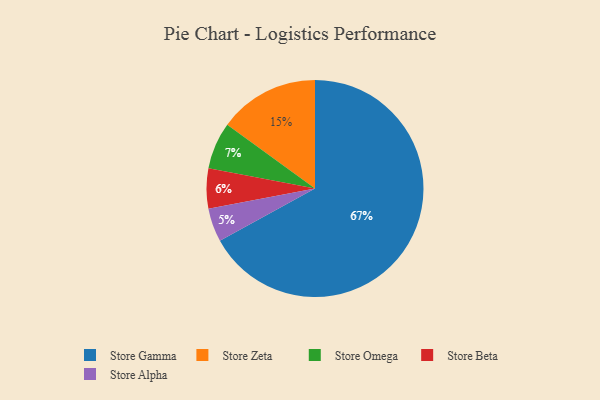
{"axis": {"x": "Category", "y": "Percentage"}, "legend": ["Store Alpha", "Store Beta", "Store Gamma", "Store Omega", "Store Zeta"], "data": [{"x": "Store Omega", "y": 7, "type": "Store Omega"}, {"x": "Store Gamma", "y": 67, "type": "Store Gamma"}, {"x": "Store Beta", "y": 6, "type": "Store Beta"}, {"x": "Store Zeta", "y": 15, "type": "Store Zeta"}, {"x": "Store Alpha", "y": 5, "type": "Store Alpha"}]}